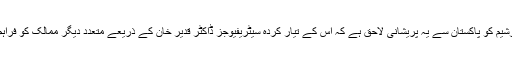
اس کے مقابلے میں یورپی ادارے یورینکو کنسورشیم کو پاکستان سے یہ پریشانی لاحق ہے کہ اُس کے تیار کردہ سیٹریفیوجز ڈاکٹر قدیر خان کے ذریعے متعدد دیگر ممالک کو فراہم کر دئے گئے جو اُن کیلئے ندامت کا باعث بنے۔